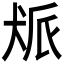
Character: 𬌰